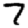
Digit: 7